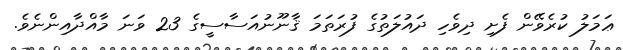
ޢަމަލު ކުރެވޭން ފެށި ދިވެހި ދައުލަތުގެ ފުރަތަމަ ޤާނޫނުއަސާސީގެ 23 ވަނަ މާއްދާއިންނެވެ.